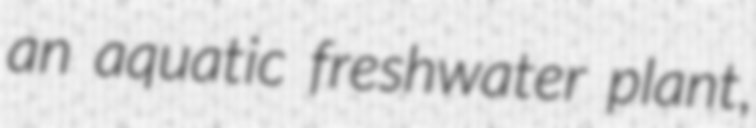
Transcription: an aquatic freshwater plant,